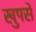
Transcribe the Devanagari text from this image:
खुपसे